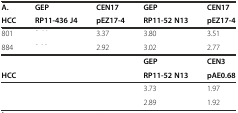
<table><thead><tr><td><b>A.</b></td><td><b>GEP</b></td><td><b>CEN17</b></td><td><b>GEP</b></td><td><b>CEN17</b></td></tr><tr><td><b>HCC</b></td><td><b>RP11-436 J4</b></td><td><b>pEZ17-4</b></td><td><b>RP11-52 N13</b></td><td><b>pEZ17-4</b></td></tr></thead><tbody><tr><td>801</td><td>[EMPTY_CELL]</td><td>3.37</td><td>3.80</td><td>3.51</td></tr><tr><td>884</td><td>[EMPTY_CELL]</td><td>2.92</td><td>3.02</td><td>2.77</td></tr><tr><td>[EMPTY_CELL]</td><td>[EMPTY_CELL]</td><td>[EMPTY_CELL]</td><td><b>GEP</b></td><td><b>CEN3</b></td></tr><tr><td><b>HCC</b></td><td>[EMPTY_CELL]</td><td>[EMPTY_CELL]</td><td><b>RP11-52 N13</b></td><td><b>pAE0.68</b></td></tr><tr><td>[EMPTY_CELL]</td><td>[EMPTY_CELL]</td><td>[EMPTY_CELL]</td><td>3.73</td><td>1.97</td></tr><tr><td>[EMPTY_CELL]</td><td>[EMPTY_CELL]</td><td>[EMPTY_CELL]</td><td>2.89</td><td>1.92</td></tr></tbody></table>